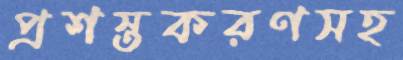
প্রশস্তকরণসহ